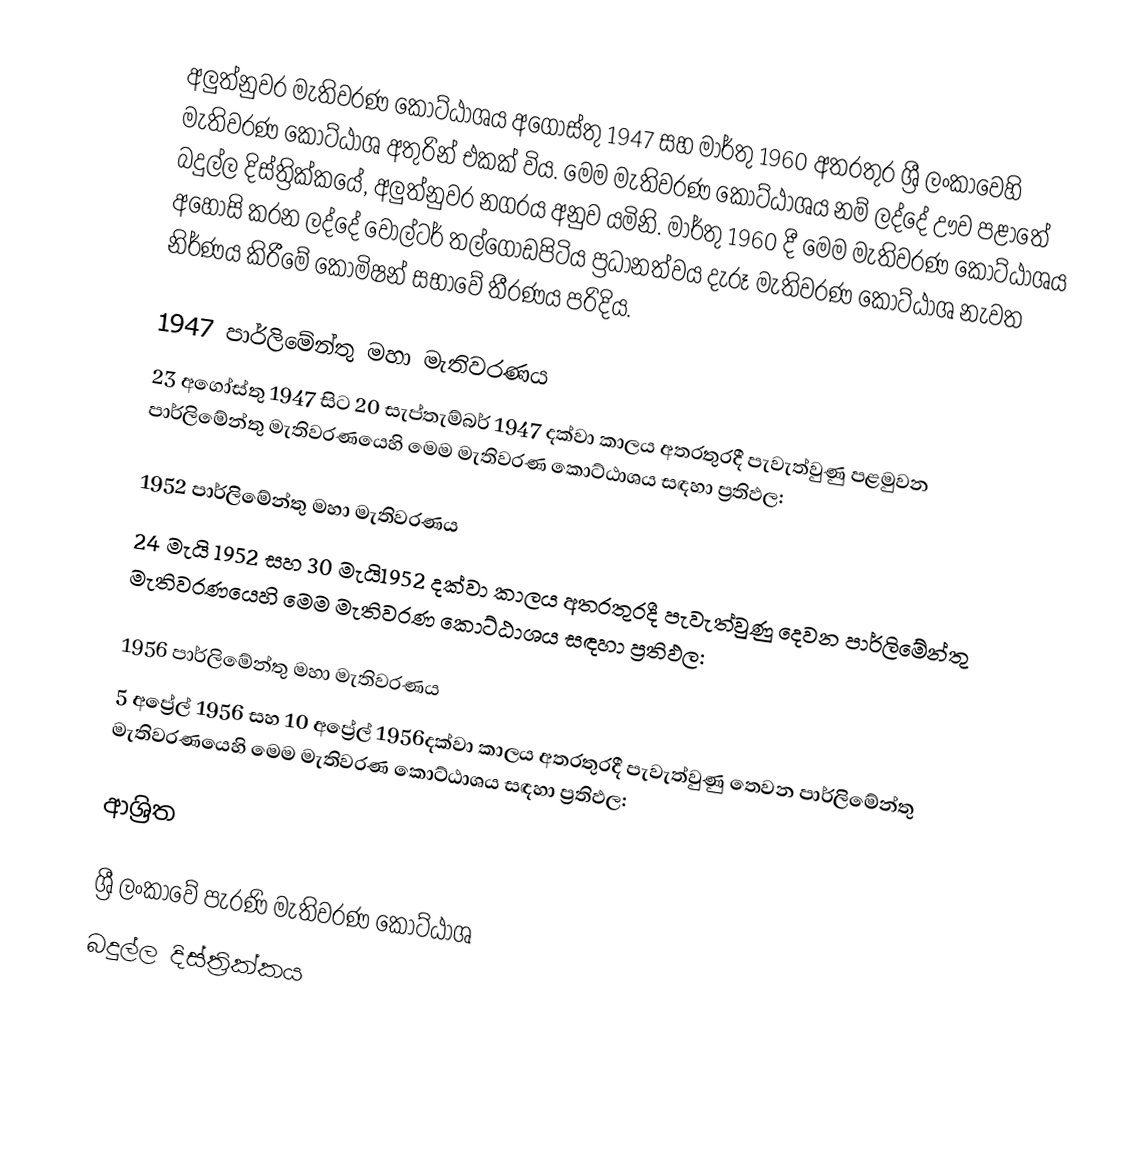
අලුත්නුවර මැතිවරණ කොට්ඨාශය  අගෝස්තු 1947 සහ  මාර්තු 1960 අතරතුර  ශ්‍රී ලංකාවෙහි  මැතිවරණ කොට්ඨාශ අතුරින් එකක් විය. මෙම මැතිවරණ කොට්ඨාශය නම් ලද්දේ  ඌව පළාතේ  බදුල්ල  දිස්ත්‍රික්කයේ,  අලුත්නුවර නගරය අනුව යමිනි.  මාර්තු 1960 දී මෙම මැතිවරණ කොට්ඨාශය අහෝසි කරන ලද්දේ වෝල්ටර් තල්ගොඩපිටිය ප්‍රධානත්වය දැරූ මැතිවරණ කොට්ඨාශ නැවත නිර්ණය කිරීමේ කොමිෂන් සභාවේ තීරණය පරිදිය.

1947 පාර්ලිමේන්තු මහා මැතිවරණය
23 අගෝස්තු 1947 සිට 20 සැප්තැම්බර් 1947 දක්වා කාලය අතරතුරදී  පැවැත්වුණු  පළමුවන පාර්ලිමේන්තු මැතිවරණයෙහි මෙම මැතිවරණ කොට්ඨාශය සඳහා ප්‍රතිඵල:

1952 පාර්ලිමේන්තු මහා මැතිවරණය
24 මැයි 1952 සහ 30 මැයි1952 දක්වා කාලය අතරතුරදී  පැවැත්වුණු  දෙවන පාර්ලිමේන්තු මැතිවරණයෙහි මෙම මැතිවරණ කොට්ඨාශය සඳහා ප්‍රතිඵල:

1956 පාර්ලිමේන්තු මහා මැතිවරණය
5 අප්‍රේල් 1956 සහ 10 අප්‍රේල් 1956දක්වා කාලය අතරතුරදී  පැවැත්වුණු  තෙවන පාර්ලිමේන්තු මැතිවරණයෙහි මෙම මැතිවරණ කොට්ඨාශය සඳහා ප්‍රතිඵල:

ආශ්‍රිත

ශ්‍රී ලංකාවේ පැරණි මැතිවරණ කොට්ඨාශ
 බදුල්ල දිස්ත්‍රික්කය